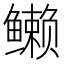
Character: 𱈖